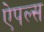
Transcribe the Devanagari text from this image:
ऐपल्स